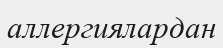
аллергиялардан